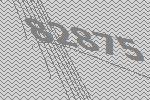
82875